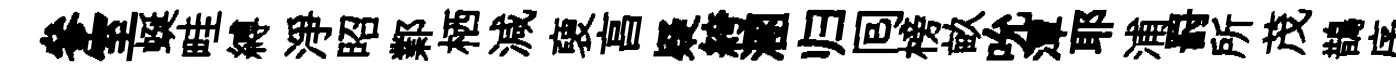
參室蜒畦縛淨昭鄴栖減褏亯疑絝溷归囘榜畝吮潭耶浦罸所茂鵲序